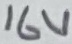
Text: 16V